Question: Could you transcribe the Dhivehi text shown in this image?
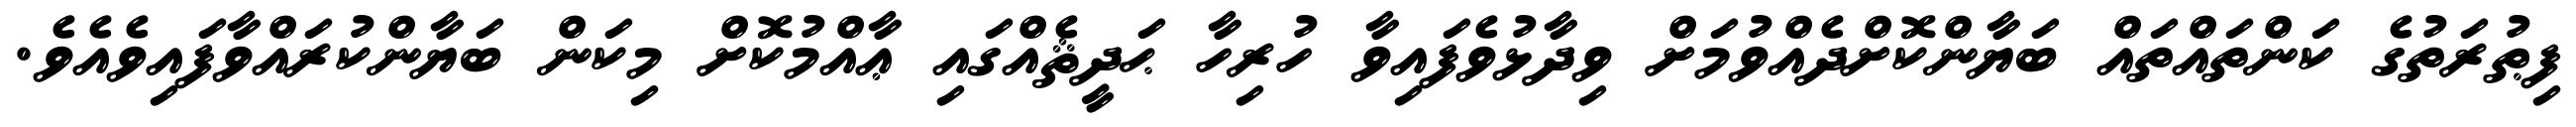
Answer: ފިޠުރަތުގެ ކަންތައްތައް ބަޔާންކޮށްދެއްވުމަށް ވިދާޅުވެފައިވާ ހުރިހާ ޙަދީޘެއްގައި ޢާއްމުކޮށް މިކަން ބަޔާންކުރައްވާފައިވެއެވެ.